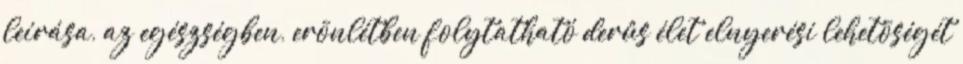
leírása, az egészségben, erõnlétben folytatható derûs élet elnyerési lehetõségét